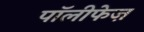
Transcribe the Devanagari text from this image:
पॉलीफेज़